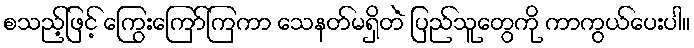
စသည့်ဖြင့် ကြွေးကြော်ကြကာ သေနတ်မရှိတဲံ ပြည်သူတွေကို ကာကွယ်ပေးပါ။